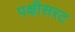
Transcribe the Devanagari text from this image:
पक्षीसरट